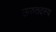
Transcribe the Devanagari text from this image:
ऊरुतदस्य